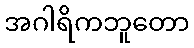
အဂါရိကဘူတော